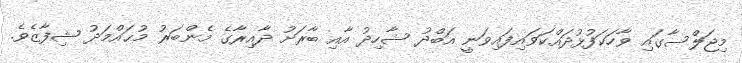
މިޖަލްސާގައި ވާހަކަފުޅުދައްކަވައިފައިވަނީ އަބްދު ޝާހިދު އާއި ބާރަށު ދާއިރާގެ މެންބަރު މުޙައްމަދު ޝިފާޒެވެ.